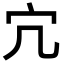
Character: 宂